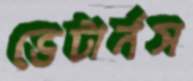
ভেটার্নস